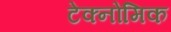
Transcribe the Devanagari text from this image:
टेक्नोमिक